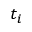
t _ { i }